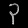
Digit: ၃